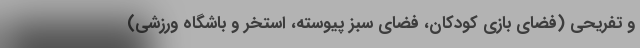
و تفریحی (فضای بازی کودکان، فضای سبز پیوسته، استخر و باشگاه ورزشی)